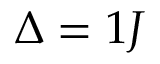
\Delta = 1 J